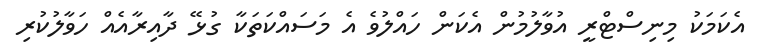
އެކަމަކު މިނިސްޓްރީ އުވާލުމުން އެކަން ހައްލުވެ އެ މަސައްކަތަކާ ގުޅޭ ދާއިރާއެއް ހަވާލުކުރި